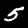
Label: 5